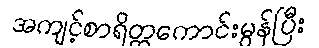
အကျင့်စာရိတ္တကောင်းမွန်ပြီး